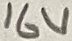
Text: 16V